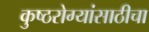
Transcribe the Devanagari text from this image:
कुष्ठरोग्यांसाठीचा